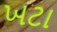
ખટા